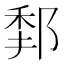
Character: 𨛻